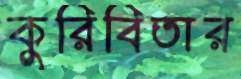
কুরিবিতার